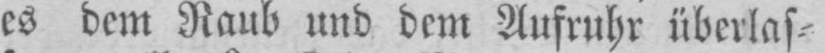
es dem Raub und dem Aufruhr überlas⸗